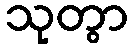
သုတွာ